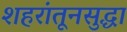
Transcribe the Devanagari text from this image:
शहरांतूनसुद्धा